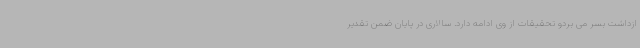
ازداشت بسر می بردو تحقیقات از وی ادامه دارد. سالاری در پایان ضمن تقدیر